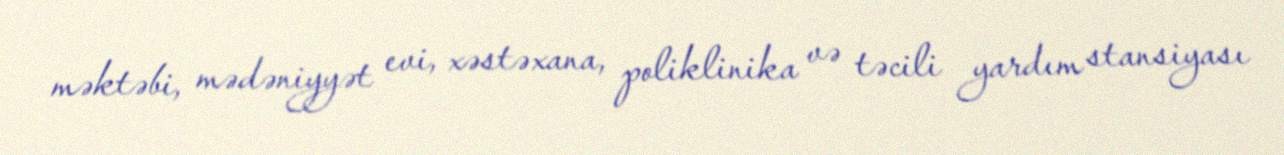
məktəbi, mədəniyyət evi, xəstəxana, poliklinika və təcili yardım stansiyası